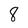
Character: 8